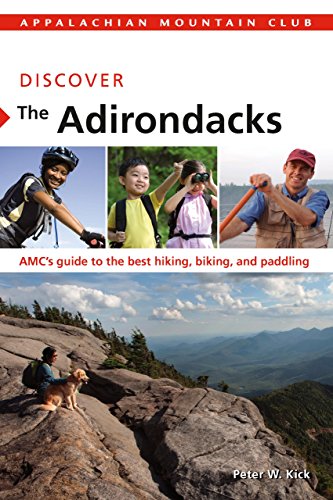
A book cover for Discover the Adirondacks: AMC's Guide To The Best Hiking, Biking, And Paddling (AMC Discover Series); Peter Kick; Sports & Outdoors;